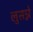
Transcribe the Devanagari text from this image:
लुसन्ने